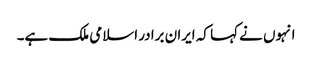
انہوں نے کہا کہ ایران برادر اسلامی ملک ہے۔